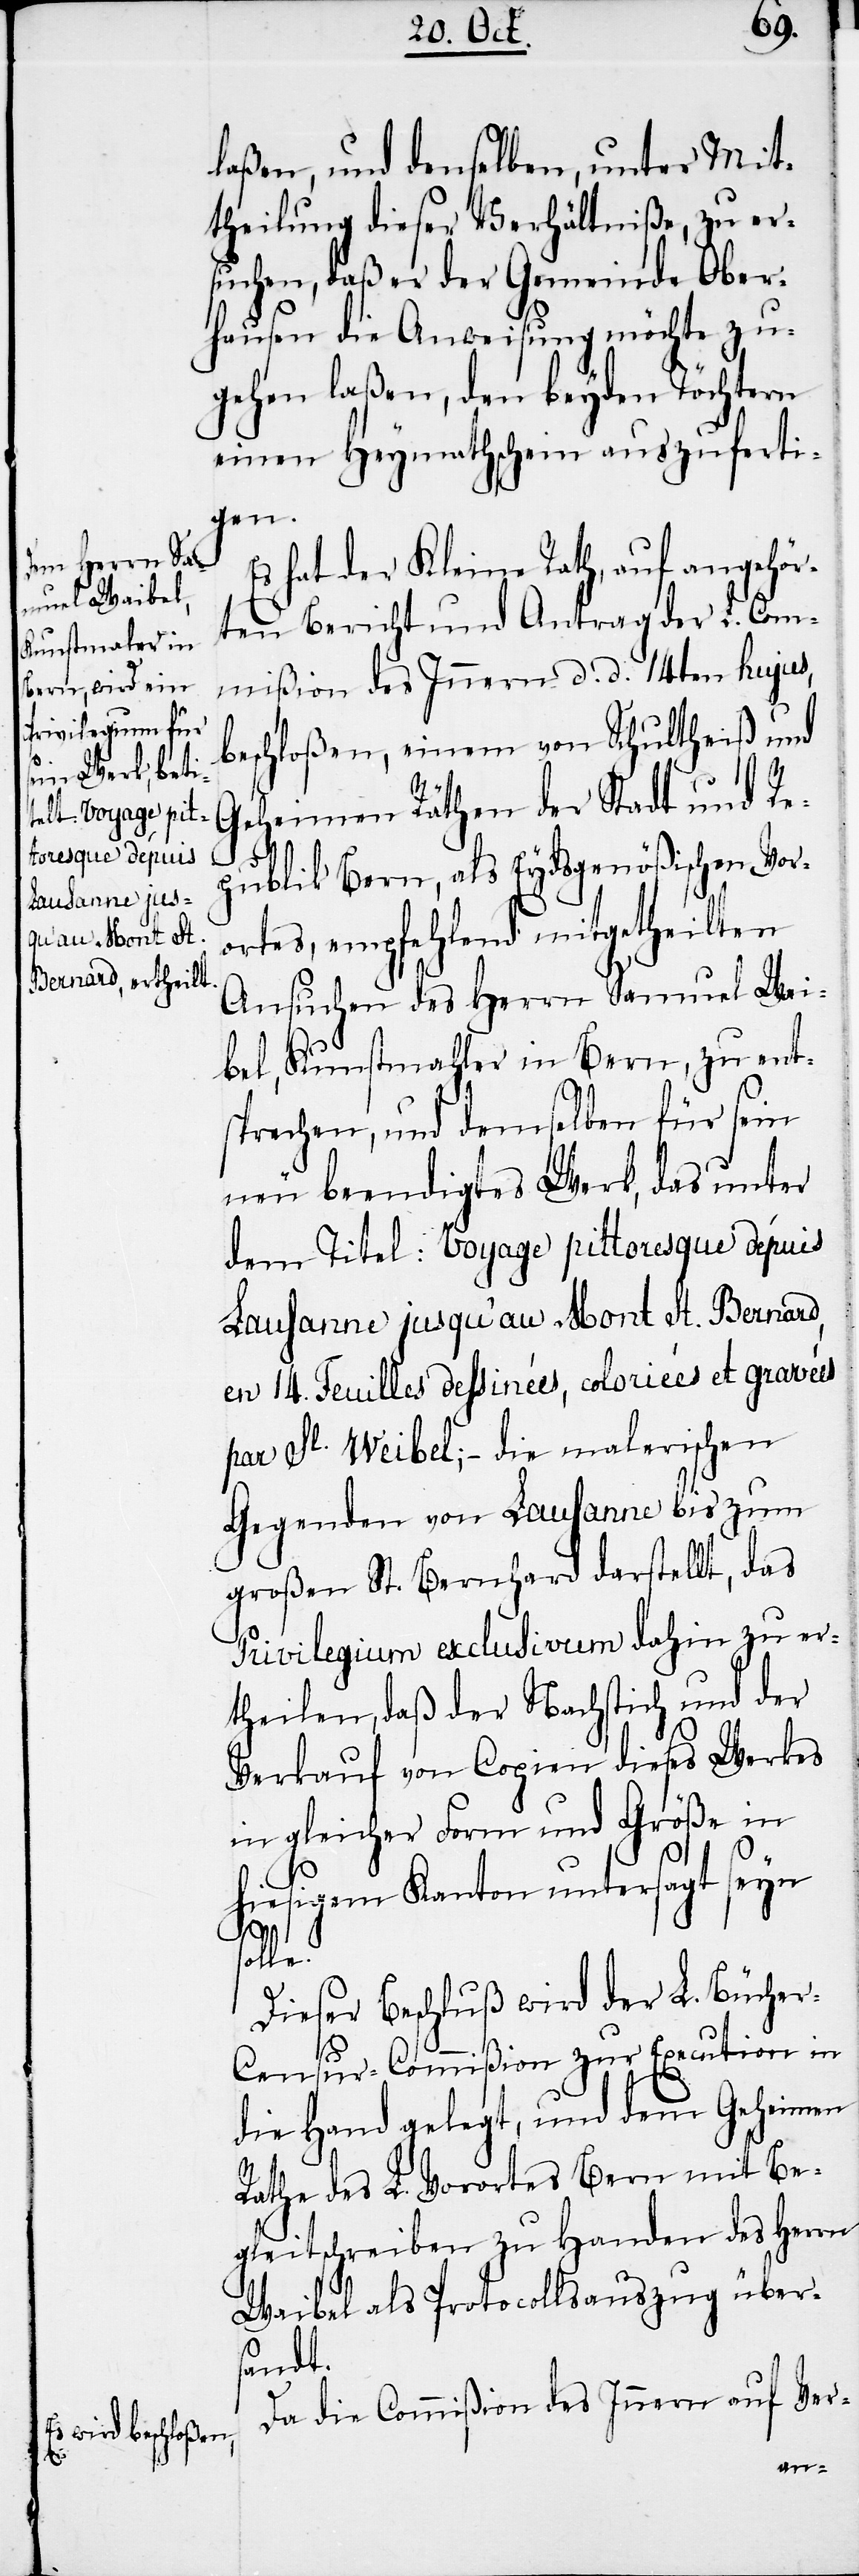
laßen, und denselben, unter Mit¬
theilung dieser Verhältniße, zu er¬
suchen, daß er der Gemeinde Ober¬
hausen die Anweisung möchte zu¬
gehen laßen, den beyden Töchtern
einen Heymathschein auszuferti¬
gen.
hat der Kleine Rath, auf angehör¬
ten Bericht und Antrag der L. Com¬
mißion des Innern d. d. 14ten hujus,
beschloßen, einem von Schultheiß und
Geheimen Räthen der Stadt und Re¬
s¬
publik Bern, als Eydsgenößischen Vor¬
ortes, empfehlend mitgetheilten
Ansuchen des Herrn Samuel Wei¬
bel, Kunstmahler in Bern, zu ent¬
sprechen, und demselben für sein
neu beendigtes Werk, das unter
dem Titel: Voyage pittoresque dépuis
Lausanne jusqu’au Mont St. Bernard,
en 14. Feuilles dessinées, coloriées et gravées
par Sl. Weibel; − die malerischen
Gegenden von Lausanne bis zum
großen St. Bernhard darstellt, das
Privilegium exclusivum dahin zu er¬
theilen, daß der Nachstich und der
Verkauf von Copien dieses Werkes
in gleicher Form und Größe in
hiesigem Kanton untersagt seyn
olle.
Dieser Beschluß wird der L. Büche¬
r-Censur-Commißion zur Execution in
die Hand gelegt, und dem Geheimen
Rathe des L. Vorortes Bern mit Be¬
gleitschreiben zu Handen des Herrn
Waibel als Protocollsauszug über¬
sandt.
Da die Commißion des Innern auf Ver-